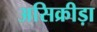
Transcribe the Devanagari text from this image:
असिक्रीड़ा